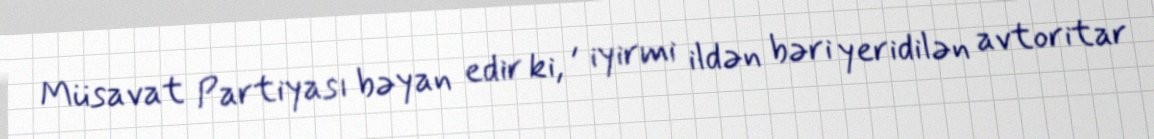
Müsavat Partiyası bəyan edir ki, , iyirmi ildən bəri yeridilən avtoritar